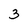
Character: 3